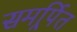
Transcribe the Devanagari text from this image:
समर्र्पित